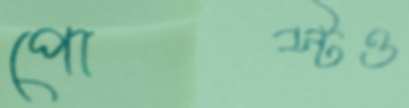
পোস্টও